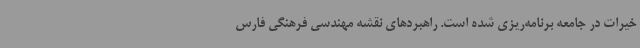
خیرات در جامعه برنامه‌ریزی شده است. راهبردهای نقشه مهندسی فرهنگی فارس